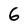
Character: 6